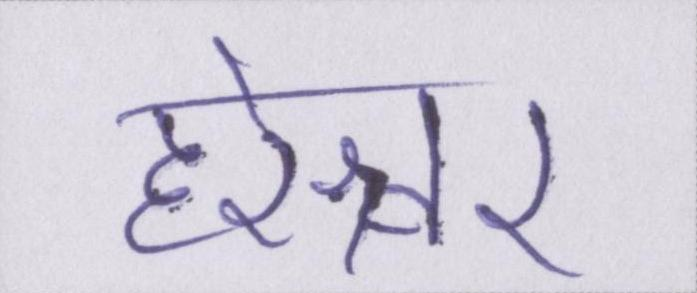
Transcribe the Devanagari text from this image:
हरेश्वर